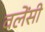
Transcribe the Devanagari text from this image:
वलेंसी